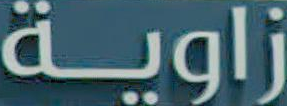
زاوية